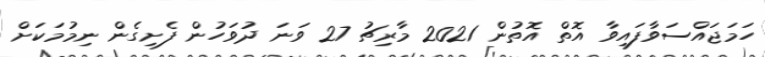
ހަމަޖައްސަވާފައިވާ އޮތް އޮތުން 2021 މާރިޗު 27 ވަނަ ދުވަހުން ފެށިގެން ނިމުމަކަށް